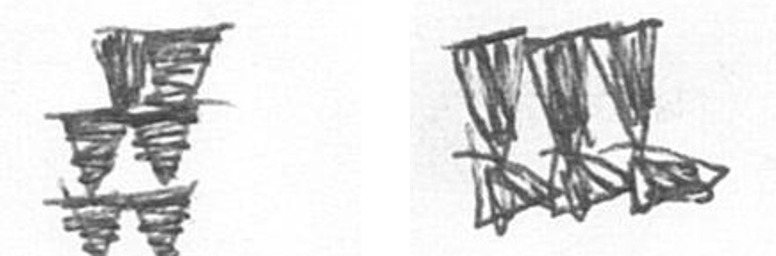
Y D